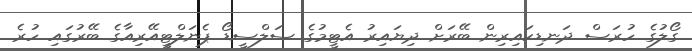
ގޯލުގެ ހުރަސް ދަނޑިކައިރިން ބޭރަށް ދިޔައިރު އެޓީމުގެ ސަލްސީޑޯ ޕެނަލްޓީއޭރިއާގެ ބޭރުގައި ހުރެ